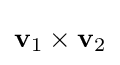
\mathbf {v} _{1}\times \mathbf {v} _{2}